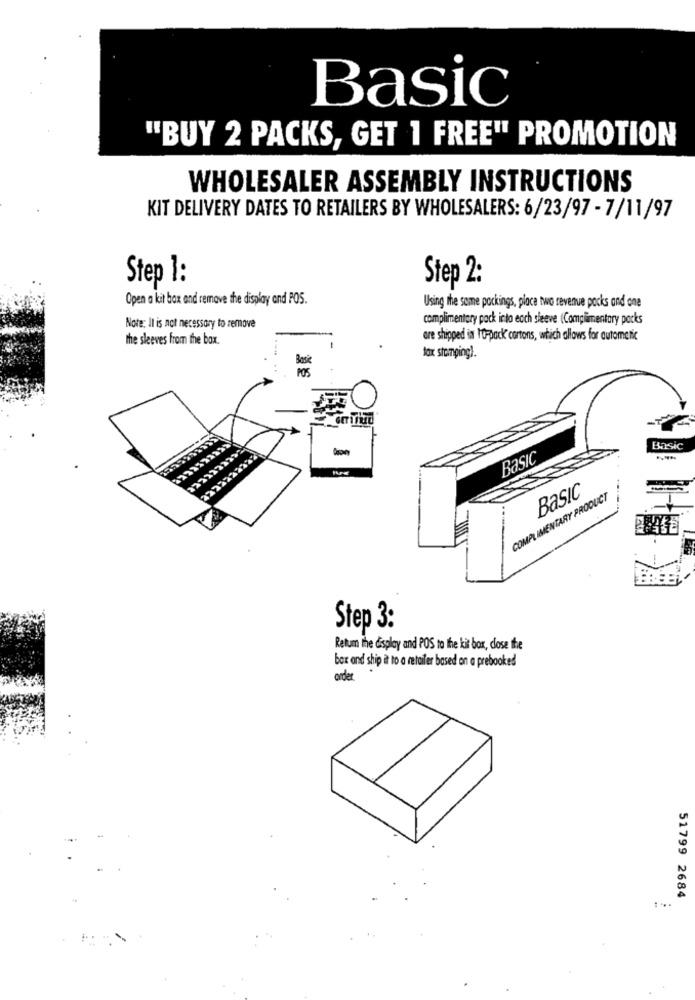
Basic
"BUY 2 PACKS, GET 1 FREE" PROMOTION
WHOLESALER ASSEMBLY INSTRUCTIONS
KIT DELIVERY DATES TO RETAILERS BY WHOLESALERS: 6/23/97 - 7/11/97
Step 1:
Step 2:
Open a kit bax and remove the display and POS.
Using the same packings, place twa revenue packs and one
complimentary pack into each sleeve (Complimentary packs
Note: It is not necessary to remove
the sleeves from the box.
are shipped in PORpack cartons, which allows for automatic
lax stomping).
Basic
Basic
Basic
COMPLIMENTARY PRODUCT
Step 3:
Retum the display and POS to the kit box, close the
box and ship it to a retailer based on a prebooked
order.
51799 2684